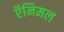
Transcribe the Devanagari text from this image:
ऍनिमल